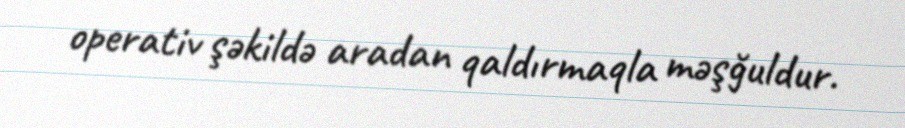
operativ şəkildə aradan qaldırmaqla məşğuldur.